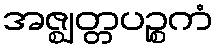
အဇ္ဈတ္တပဉ္စကံ